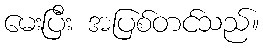
မေးပြီး အပြစ်တင်သည်။